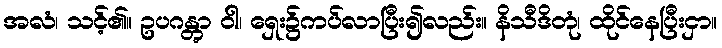
အလံ၊ သင့်၏။ ဥပဂန္တွာ ဝါ၊ ရှေး၌ကပ်လာပြီး၍လည်း။ နိသီဒိတုံ၊ ထိုင်နေပြီးငှာ။